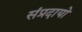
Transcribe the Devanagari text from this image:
संप्रदायो